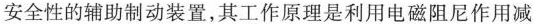
安全性的辅助制动装置，其工作原理是利用电磁阻尼作用减